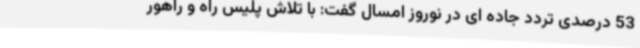
53 درصدی تردد جاده ای در نوروز امسال گفت: با تلاش پلیس راه و راهور